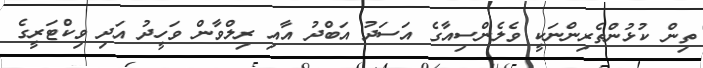
ތިން ކުޅުންތެރިންނަކީ ވެލެންސިއާގެ އަސަދު އަބްދު އާއި ރިލްވާން ވަހީދު އަދި ވިކްޓަރީގެ